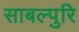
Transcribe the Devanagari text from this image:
साबल्पुरि